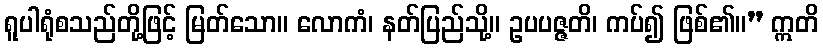
ရူပါရုံစသည်တို့ဖြင့် မြတ်သော။ လောကံ၊ နတ်ပြည်သို့။ ဥပပဇ္ဇတိ၊ ကပ်၍ ဖြစ်၏။” ဣတိ